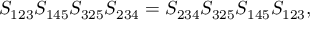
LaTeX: S _ { 1 2 3 } S _ { 1 4 5 } S _ { 3 2 5 } S _ { 2 3 4 } = S _ { 2 3 4 } S _ { 3 2 5 } S _ { 1 4 5 } S _ { 1 2 3 } ,